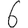
Digit: 6